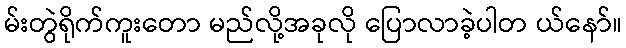
မ်းတွဲရိုက်ကူးတော မည်လို့အခုလို ပြောလာခဲ့ပါတ ယ်နော်။